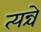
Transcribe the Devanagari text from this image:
त्यन्चे